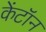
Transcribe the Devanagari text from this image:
केंटॉन